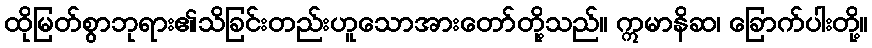
ထိုမြတ်စွာဘုရား၏သိခြင်းတည်းဟူသောအားတော်တို့သည်။ ဣမာနိဆ၊ ခြောက်ပါးတို့။